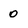
Character: 0